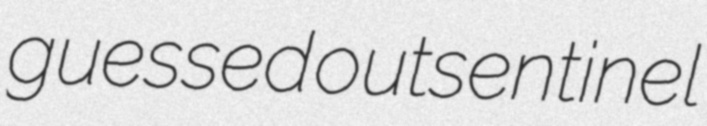
guessed outsentinel